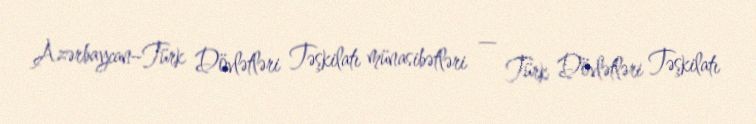
Azərbaycan–Türk Dövlətləri Təşkilatı münasibətləri — Türk Dövlətləri Təşkilatı